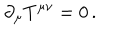
\partial _ { \mu } T ^ { \mu \nu } = 0 \, .